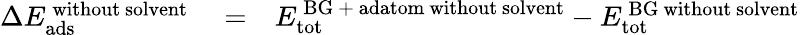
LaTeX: \begin{array}{rlr}{\Delta E_{\mathrm{ads}}^{\mathrm{\, without\ solvent}}}&{{}=}&{E_{\mathrm{tot}}^{\mathrm{\, BG\ +\ adatom\ without\ solvent}}-E_{\mathrm{tot}}^{\mathrm{\, BG\ without\ solvent}}}\end{array}